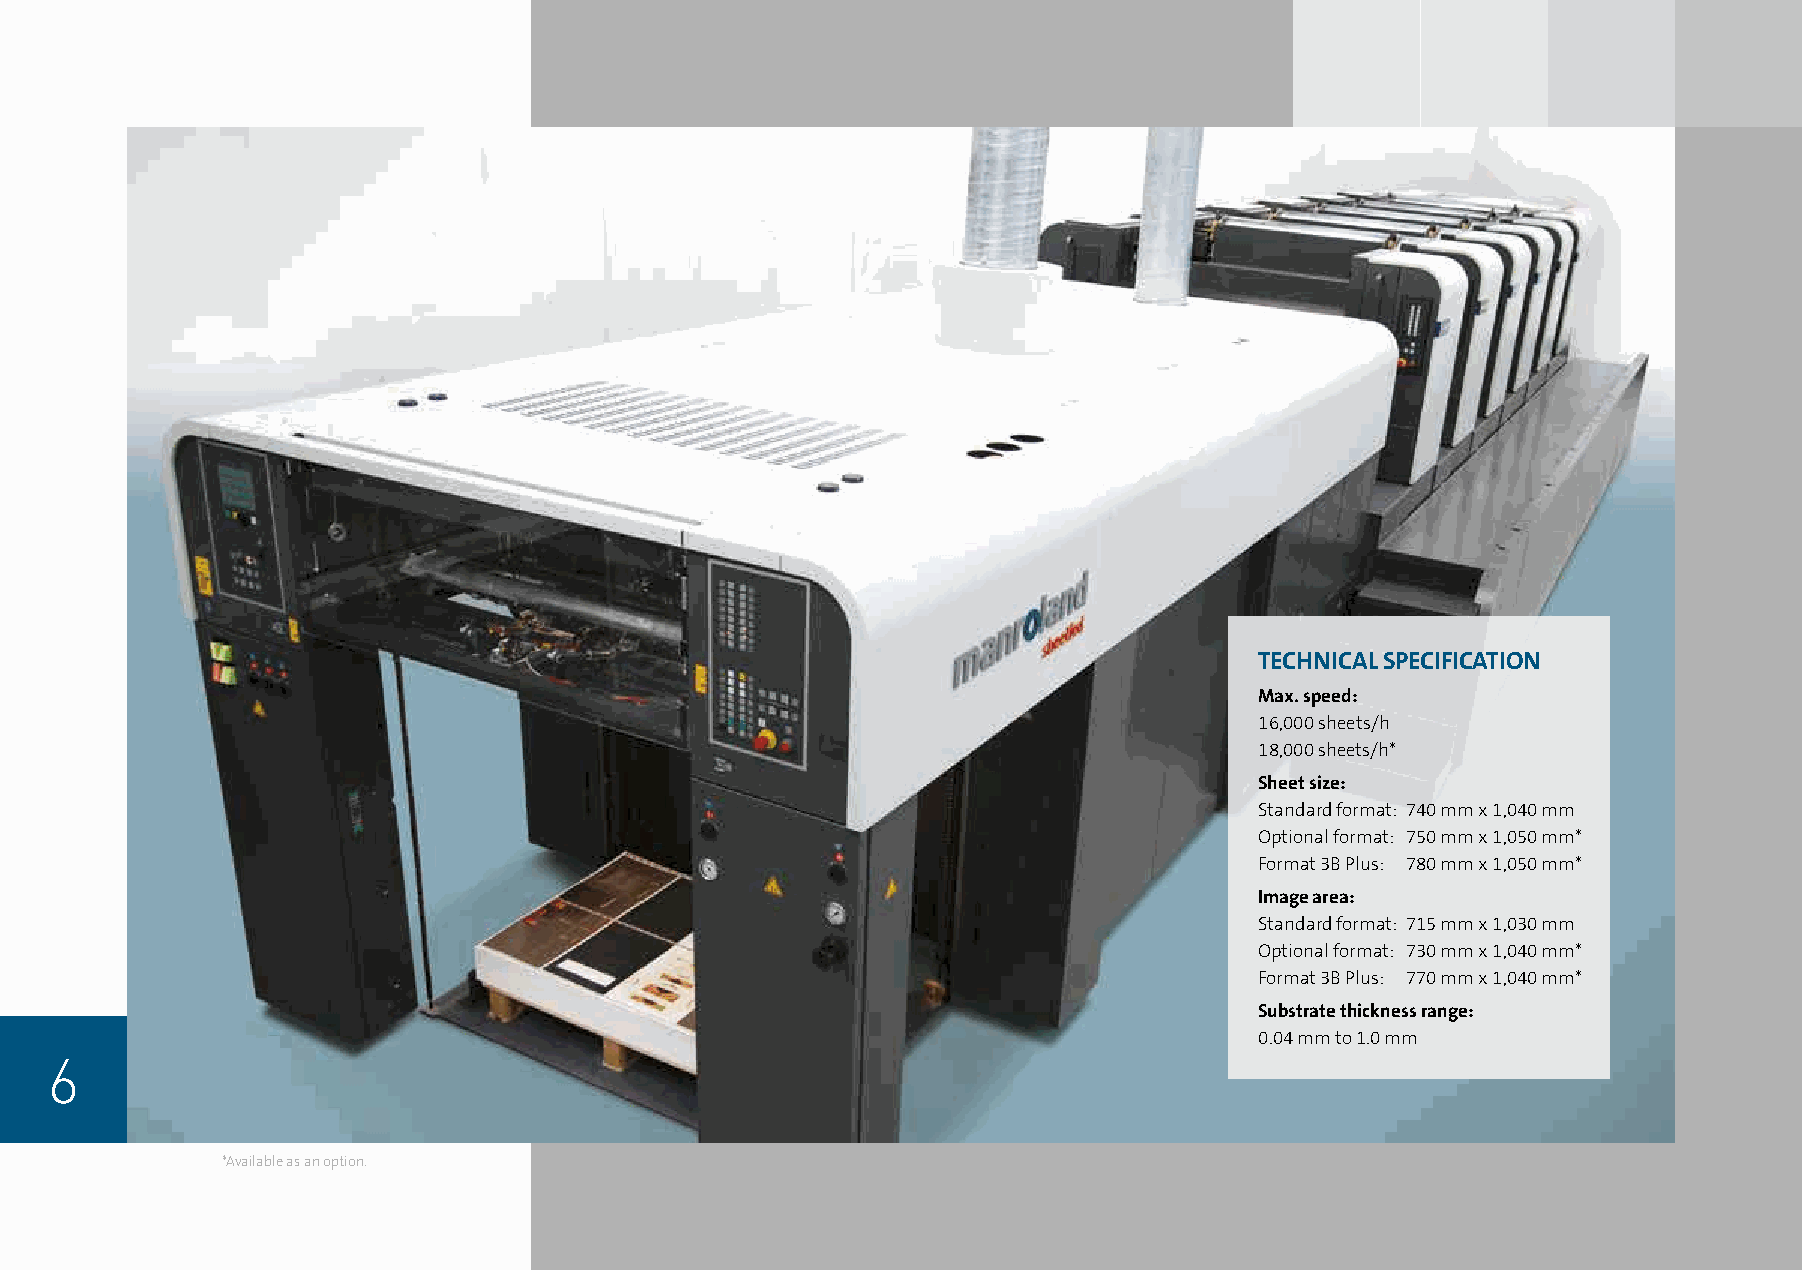
TECHNICAL SPECIFICATION
 Max. speed:
 16,000 sheets/h
 18,000 sheets/h*
 Sheet size:
 Standard format: 740 mm x 1,040 mm
 Optional format: 750 mm x 1,050 mm*
 Format 3B Plus: 780 mm x 1,050 mm*
 Image area:
 Standard format: 715 mm x 1,030 mm
 Optional format: 730 mm x 1,040 mm*
 Format 3B Plus: 770 mm x 1,040 mm*
 Substrate thickness range:
 0.04 mm to 1.0 mm
 6
 *Available as an option.